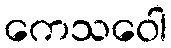
ကေသဝေါ